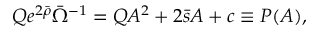
Q e ^ { 2 \bar { \rho } } \bar { \Omega } ^ { - 1 } = Q A ^ { 2 } + 2 \bar { s } A + c \equiv P ( A ) ,